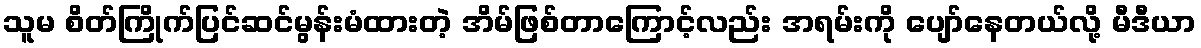
သူမ စိတ်ကြိုက်ပြင်ဆင်မွန်းမံထားတဲ့ အိမ်ဖြစ်တာကြောင့်လည်း အရမ်းကို ပျော်နေတယ်လို့ မီဒီယာ